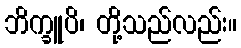
ဘိက္ခူပိ၊ တို့သည်လည်း။